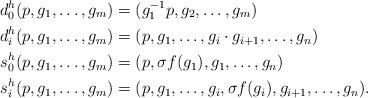
LaTeX: \begin{align*} d^h_0(p,g_1,\ldots,g_m)&=(g_1^{-1}p,g_2,\ldots,g_m)\\ d^h_i(p,g_1,\ldots,g_m)&=(p,g_1,\ldots,g_i\cdot g_{i+1},\ldots,g_n)\\ s^h_0(p,g_1,\ldots,g_m)&=(p,\sigma f(g_1),g_1,\ldots,g_n)\\ s^h_i(p,g_1,\ldots,g_m)&=(p,g_1,\ldots,g_i,\sigma f(g_i),g_{i+1},\ldots,g_n). \end{align*}